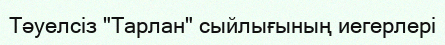
Тәуелсіз "Тарлан" сыйлығының иегерлері